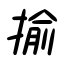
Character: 揄